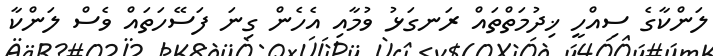
ލަންކާގެ ސިއްހީ ޚިދުމަތްތައް ރަނގަޅު ވުމާއި އެހެން ގިނަ ފަސޭހަތައް ވެސް ލަންކާ